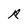
Character: R